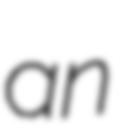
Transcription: an